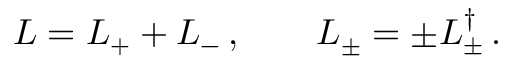
L = L _ { + } + L _ { - } \, , \qquad L _ { \pm } = \pm L _ { \pm } ^ { \dag } \, .